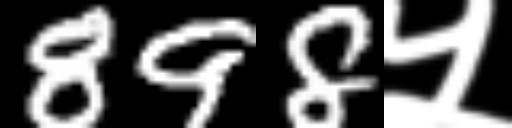
Text: 898५